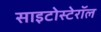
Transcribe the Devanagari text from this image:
साइटोस्टेरॉल